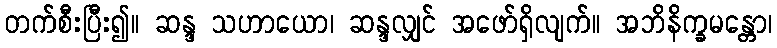
တက်စီးပြီး၍။ ဆန္ဒ သဟာယော၊ ဆန္ဒလျှင် အဖော်ရှိလျက်။ အဘိနိက္ခမန္တော၊